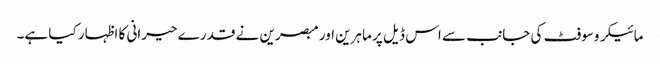
مائیکروسوفٹ کی جانب سے اس ڈیل پر ماہرین اور مبصرین نے قدرے حیرانی کا اظہار کیا ہے۔